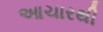
આચારથી